Calcutta medical institutions reports 1879-81 [i.e.91]
Year: 1879
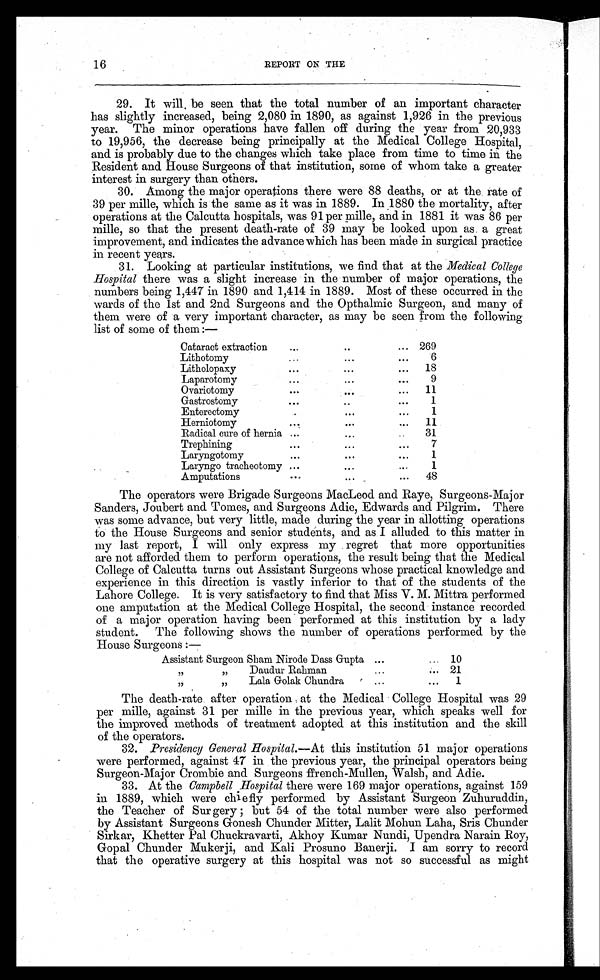
16
REPORT ON THE
29. It will be seen that the total number of an important character
has slightly increased, being 2,080 in 1890, as against 1,926 in the previous
year. The minor operations have fallen off during the year from 20,933
to 19,956, the decrease being principally at the Medical College Hospital,
and is probably due to the changes which take place from time to time in the
Resident and House Surgeons of that institution, some of whom take a greater
interest in surgery than others.
30. Among the major operations there were 88 deaths, or at the rate of
39 per mille, which is the same as it was in 1889. In 1880 the mortality, after
operations at the Calcutta hospitals, was 91 per mille, and in 1881 it was 86 per
mille, so that the present death-rate of 39 may be looked upon as a great
improvement, and indicates the advance which has been made in surgical practice
in recent years.
31. Looking at particular institutions, we find that at the Medical College
Hospital there was a slight increase in the number of major operations, the
numbers being 1,447 in 1890 and 1,414 in 1889. Most of these occurred in the
wards of the 1st and 2nd Surgeons and the Opthalmic Surgeon, and many of
them were of a very important character, as may be seen from the following
list of some of them :—
Cataract extraction
...
..
... 269
Lithotomy
...
...
. . .
6
Litholopaxy
. . .
. . .
...
1 8
Laparotomy
. . .
. . .
. . .
9
Ovariotomy
. . .
. . .
...
11
Gastrostomy
. . .
..
. . .
1
Enterectomy
. . .
...
...
1
Herniotomy
. .
.
...
...
11
Radical cure of hernia . . .
. . .
. .
31
Trephining
. . .
. . .
. . .
7
Laryngotomy
. . .
. . .
. . .
1
Laryngo tracheotomy ...
...
. . .
1
Amputations
. . .
. . .
...
48
The operators were Brigade Surgeons MacLeod and Raye, Surgeons-Major
Sanders, Joubert and Tomes, and Surgeons Adie, Edwards and Pilgrim. There
was some advance, but very little, made during the year in allotting operations
to the House Surgeons and senior students, and as I alluded to this matter in
my last report, I will only express my regret that more opportunities
are not afforded them to perform operations, the result being that the Medical
College of Calcutta turns out Assistant Surgeons whose practical knowledge and
experience in this direction is vastly inferior to that of the students of the
Lahore College. It is very satisfactory to find that Miss V. M. Mittra performed
one amputation at the Medical College Hospital, the second instance recorded
of a major operation having been performed at this institution by a lady
student. The following shows the number of operations performed by the
House Surgeons :—
Assistant Surgeon Sham Nirode Dass Gupta ...
... 10
,, ,, Daudur Rahman
...
... 21
,, ,, Lala Golak Chundra
...
...
1
The death-rate after operation at the Medical College Hospital was 29
per mille, against 31 per mille in the previous year, which speaks well for
the improved methods of treatment adopted at this institution and the skill
of the operators.
32. Presidency General Hospital.—At this institution 51 major operations
were performed, against 47 in the previous year, the principal operators being
Surgeon-Major Crombie and Surgeons ffrench-Mullen, Walsh, and Adie.
33. At the Campbell Hospital there were 169 major operations, against 159
in 1889, which were chiefly performed by Assistant Surgeon Zuhuruddin,
the Teacher of Surgery ; but 54 of the total number were also performed
by Assistant Surgeons Gonesh Chunder Mitter, Lalit Mohun Laha, Sris Chunder
Sirkar, Khetter Pal Chuckravarti, Akhoy Kumar Nundi, Upendra Narain Roy,
Gopal Chunder Mukerji, and Kali Prosuno Banerji. I am sorry to record
that the operative surgery at this hospital was not so successful as might